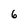
Character: 6